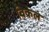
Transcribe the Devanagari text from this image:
विकेल